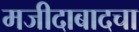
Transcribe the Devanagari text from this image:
मजीदाबादचा